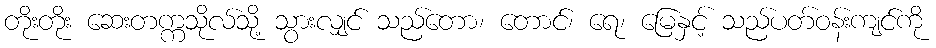
တိုးတိုး ဆေးတက္ကသိုလ်သို့ သွားလျှင် သည်တော၊ တောင်၊ ရေ၊ မြေနှင့် သည်ပတ်ဝန်းကျင်ကို